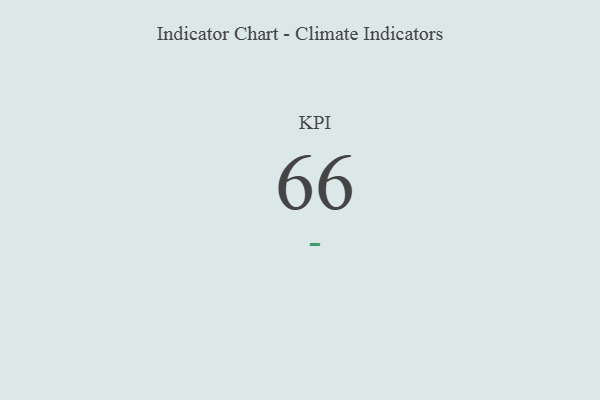
{"axis": {"x": "KPI", "y": "Value"}, "legend": [""], "data": [{"x": "KPI", "y": 66, "type": ""}]}